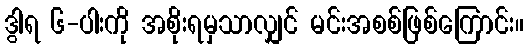
ဒွါရ ၆-ပါးကို အစိုးရမှသာလျှင် မင်းအစစ်ဖြစ်ကြောင်း။